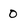
Character: O